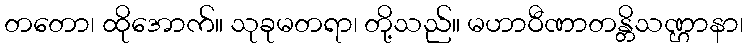
တတော၊ ထိုအောက်။ သုခုမတရာ၊ တို့သည်။ မဟာဝီဏာတန္တိသဏ္ဌာနာ၊